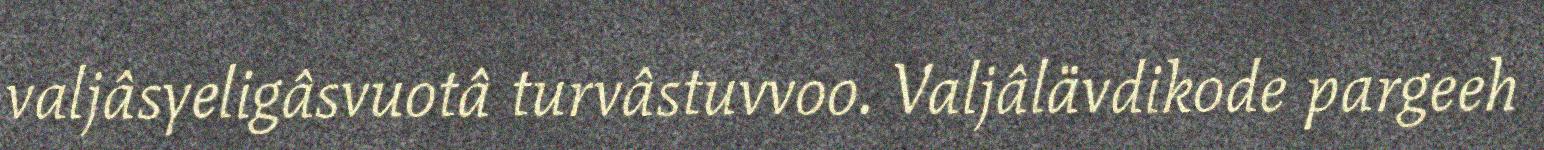
valjâsyeligâsvuotâ turvâstuvvoo. Valjâlävdikode pargeeh